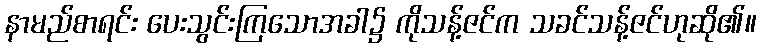
နာမည်စာရင်း ပေးသွင်းကြသောအခါ၌ ကိုသန့်ဇင်က သခင်သန့်ဇင်ဟုဆို၏။